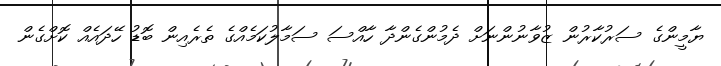
ޔާމީންގެ ސަރުކާރުން ޒުވާނުންނަށް ދެމުންގެންދާ ހާއްސަ ސަމާލުކަމެއްގެ ތެރެއިން ބޮޑު ހޭދައެއް ކޮށްގެން